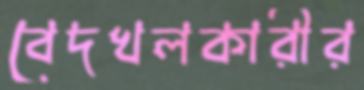
বেদখলকারীর